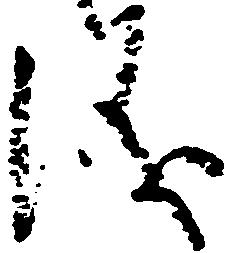
儀